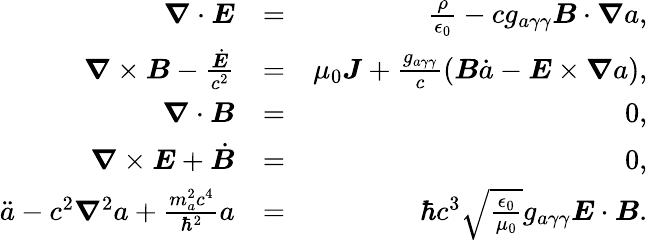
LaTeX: \begin{array}{rlr}{\boldsymbol\nabla\cdot\boldsymbol E}&{=}&{\frac{\rho}{\epsilon_{0}}-cg_{a\gamma\gamma}\boldsymbol B\cdot\boldsymbol\nabla a,}\\ {\boldsymbol\nabla\times\boldsymbol B-\frac{\dot{\boldsymbol E}}{c^{2}}}&{=}&{\mu_{0}\boldsymbol J+\frac{g_{a\gamma\gamma}}{c}\left(\boldsymbol B\dot{a}-\boldsymbol E\times\boldsymbol\nabla a\right),}\\ {\boldsymbol\nabla\cdot\boldsymbol B}&{=}&{0,}\\ {\boldsymbol\nabla\times\boldsymbol E+\dot{\boldsymbol B}}&{=}&{0,}\\ {\ddot{a}-c^{2}\boldsymbol\nabla^{2}a+\frac{m_{a}^{2}c^{4}}{\hbar^{2}}a}&{=}&{\hbar c^{3}\sqrt{\frac{\epsilon_{0}}{\mu_{0}}}g_{a\gamma\gamma}\boldsymbol E\cdot\boldsymbol B.}\end{array}